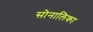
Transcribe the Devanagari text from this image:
सोनालिका